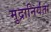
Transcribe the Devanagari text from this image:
मुद्रानिर्यंता